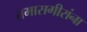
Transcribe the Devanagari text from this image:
तमासगीरांना